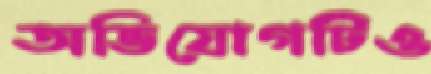
অভিযোগটিও